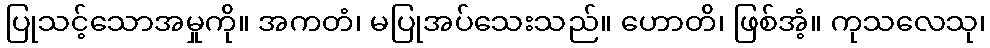
ပြုသင့်သောအမှုကို။ အကတံ၊ မပြုအပ်သေးသည်။ ဟောတိ၊ ဖြစ်အံ့။ ကုသလေသု၊